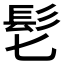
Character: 𩫷